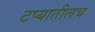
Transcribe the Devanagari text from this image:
टप्यातीलच